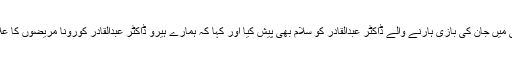
اپنے بیان میں وزیراعلیٰ سندھ نے کراچی میں جان کی بازی ہارنے والے ڈاکٹر عبدالقادر کو سلام بھی پیش کیا اور کہا کہ ہمارے ہیرو ڈاکٹر عبدالقادر کورونا مریضوں کا علاج کرتے ہوئے جان کی بازی ہار گئے۔